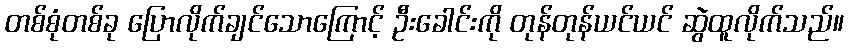
တစ်စုံတစ်ခု ပြောလိုက်ချင်သောကြောင့် ဦးခေါင်းကို တုန်တုန်ယင်ယင် ဆွဲထူလိုက်သည်။